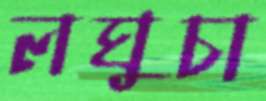
লঘুচা